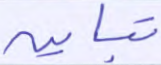
تباين